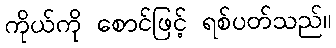
ကိုယ်ကို စောင်ဖြင့် ရစ်ပတ်သည်။